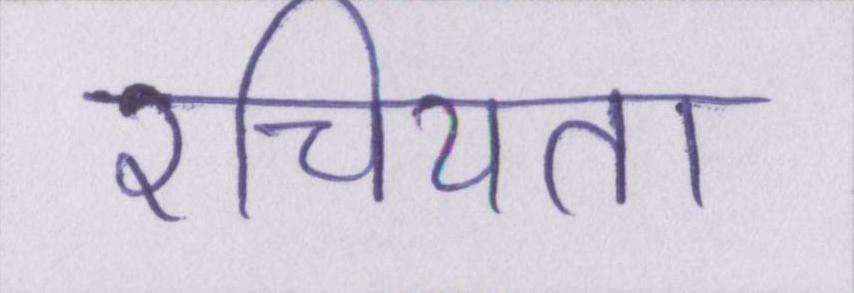
रचियता